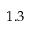
1 . 3